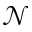
\mathcal { N }